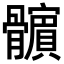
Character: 𩪯